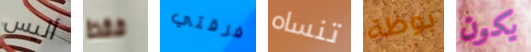
أليس فقط فرقتي تنساه بوظة يكون